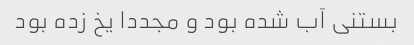
بستنی آب شده بود و مجددا یخ زده بود